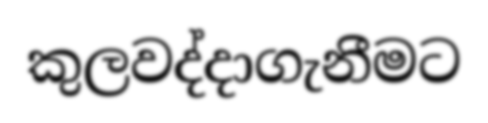
කුලවද්දාගැනීමට